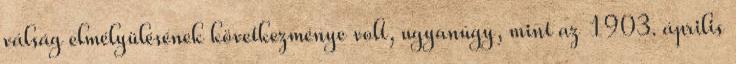
válság elmélyülésének következménye volt, ugyanúgy, mint az 1903. április